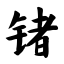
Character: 锗